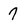
Character: 7